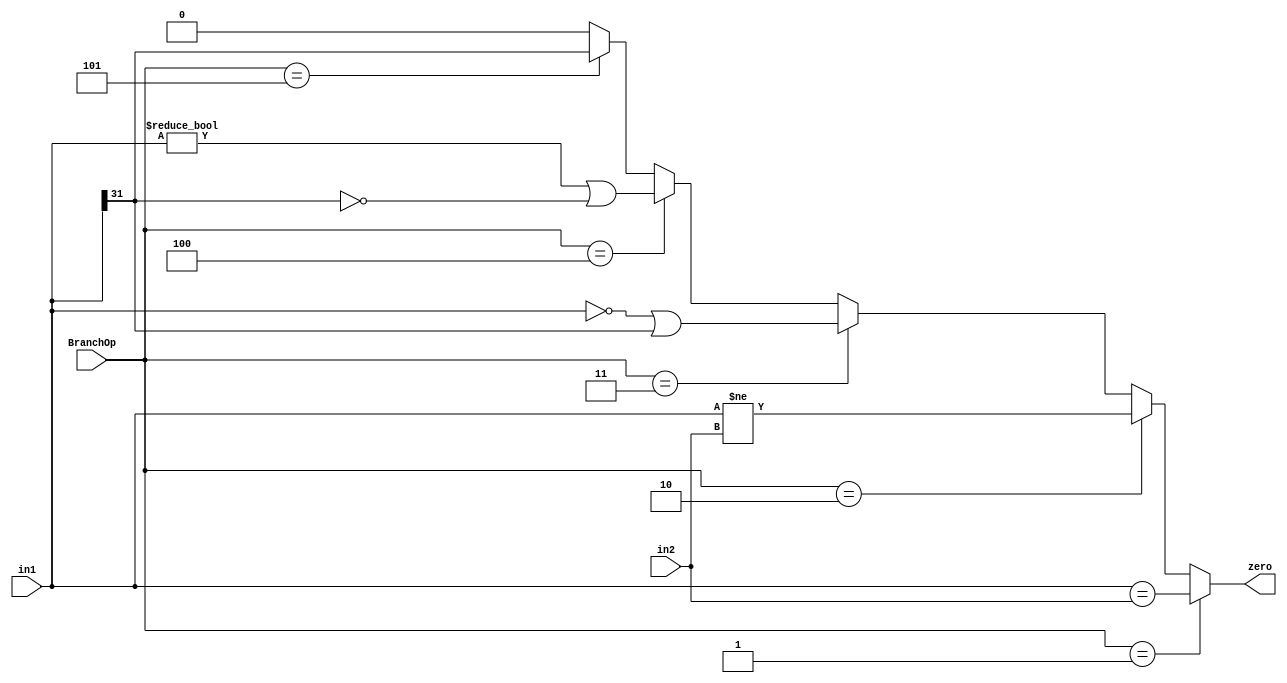
`timescale 1ns / 1ps
module Branch(in1, in2, BranchOp, zero);
    input [31:0] in1, in2;
    input [2:0] BranchOp;
    output zero;

    assign zero = (BranchOp == 3'b001)? (in1 == in2):
                  (BranchOp == 3'b010)? (in1 != in2):
                  (BranchOp == 3'b011)? ((in1 == 32'd0) || (in1[31] == 1'b1)):
                  (BranchOp == 3'b100)? ((in1 != 32'd0) || (in1[31] == 1'b0)):
                  (BranchOp == 3'b101)? (in1[31] == 1'b1):
                  1'b0;

endmodule